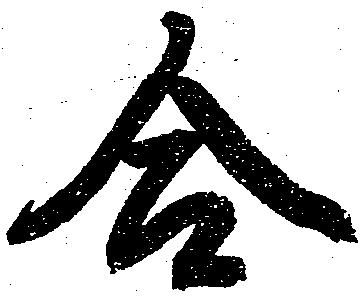
合